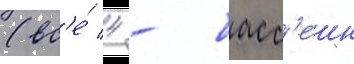
(вс'е́ 4 - басс'еин